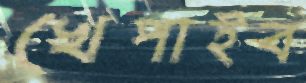
খেপাইব